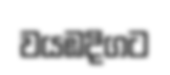
වයඹදිගට